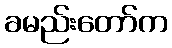
ခမည်းတော်က